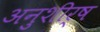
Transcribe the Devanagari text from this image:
अनुशीर्ष